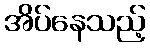
အိပ်နေသည့်